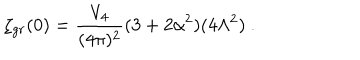
\zeta _ { g r } ( 0 ) = \frac { V _ { 4 } } { ( 4 \pi ) ^ { 2 } } ( 3 + 2 \alpha ^ { 2 } ) ( 4 \Lambda ^ { 2 } ) \ .